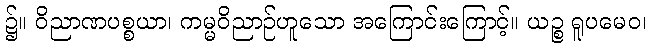
၌။ ဝိညာဏပစ္စယာ၊ ကမ္မဝိညာဉ်ဟူသော အကြောင်းကြောင့်။ ယဉ္စ ရူပမေဝ၊